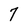
Character: 7